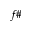
f \#